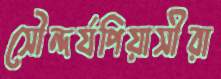
সৌন্দর্যপিয়াসীরা